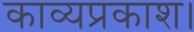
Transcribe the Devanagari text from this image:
काव्यप्रकाश।